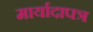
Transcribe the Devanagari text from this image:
मार्यादापत्र